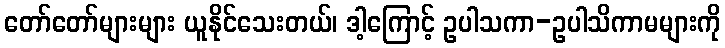
တော်တော်များများ ယူနိုင်သေးတယ်၊ ဒါ့ကြောင့် ဥပါသကာ-ဥပါသိကာမများကို